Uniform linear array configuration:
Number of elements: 32
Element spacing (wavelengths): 0.75
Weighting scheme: kaiser
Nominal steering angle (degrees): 30
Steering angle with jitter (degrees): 28.409
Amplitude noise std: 0.05
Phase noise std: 0.05

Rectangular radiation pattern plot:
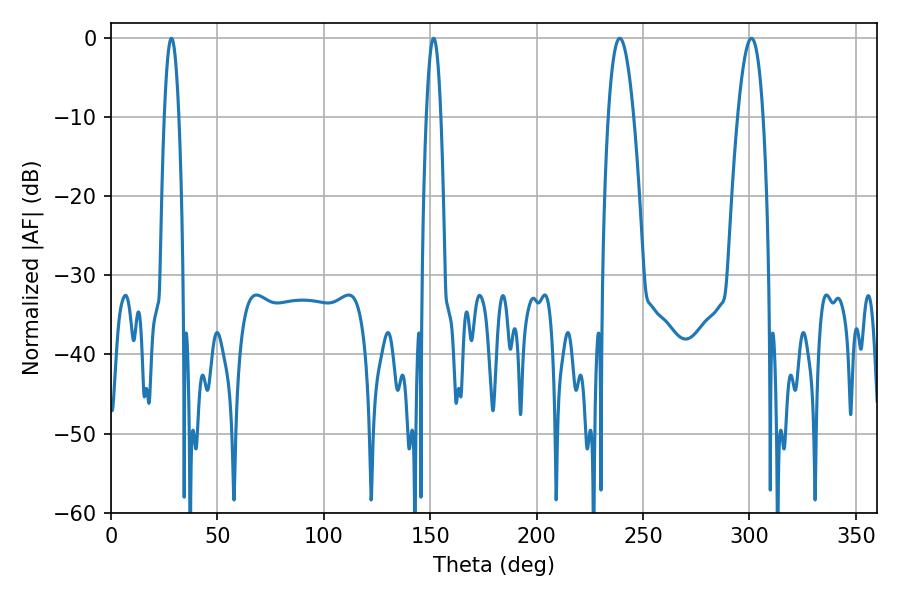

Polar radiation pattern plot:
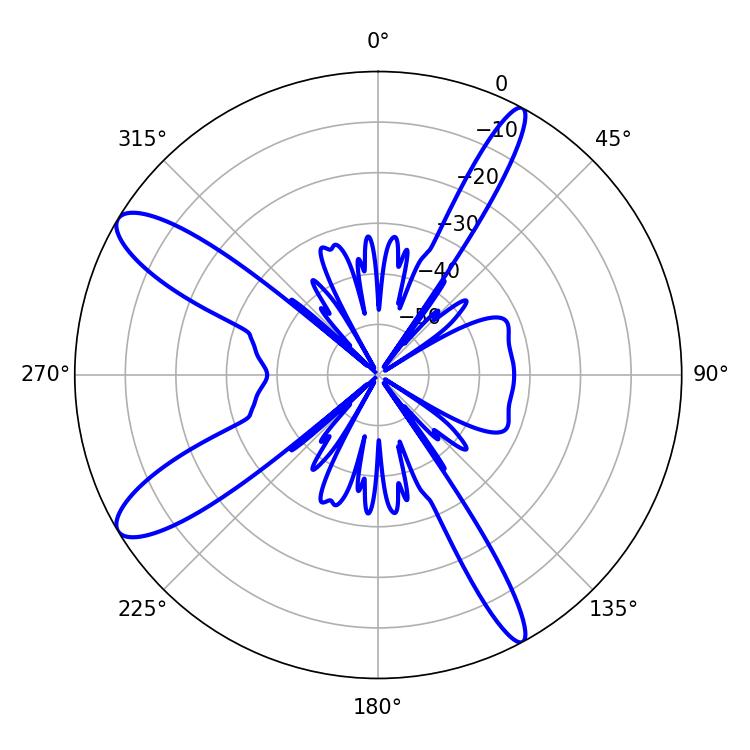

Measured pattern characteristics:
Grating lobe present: TRUE
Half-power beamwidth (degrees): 6.48
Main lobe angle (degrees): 239.04